Indian journal of veterinary science and animal husbandry - Volumes 18-21, 1948-1951
Year: 1948
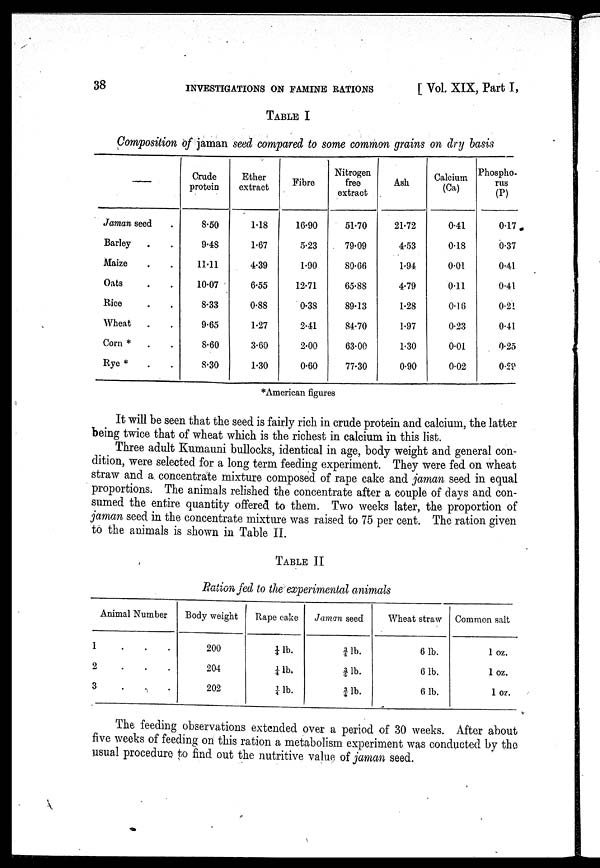
38
INVESTIGATIONS ON FAMINE RATIONS
[Vol. XIX, Part I,
TABLE I
Composition of jaman seed compared to some common grains on dry basis
—
Jaman seed .
Barley . .
Maize . .
Oats . .
Rice . .
Wheat . .
Corn * . .
Rye * . .
Crude
protein
8.50
9.48
11.11
10.07
8.33
9.65
8.60
8.30
Ether
extract
1.18
1.67
4.39
6.55
0.88
1.27
3.60
1.30
Fibre
16.90
5.23
1.90
12.71
0.38
2.41
2.00
0.60
Nitrogen
free
extract
51.70
79.09
80.66
65.88
89.13
84.70
63.00
77.30
Ash
21.72
4.53
1.94
4.79
1.28
1.97
1.30
0.90
Calcium
(Ca)
0.41
0.18
0.01
0.11
0.16
0.23
0.01
0.02
Phospho-
rus
(P)
0.17
0.37
0.41
0.41
0.21
0.41
0.25
0.29
*American figures
It will be seen that the seed is fairly rich in crude protein and calcium, the latter
being twice that of wheat which is the richest in calcium in this list.
Three adult Kumauni bullocks, identical in age, body weight and general con-
dition, were selected for a long term feeding experiment. They were fed on wheat
straw and a concentrate mixture composed of rape cake and jaman seed in equal
proportions. The animals relished the concentrate after a couple of days and con-
sumed the entire quantity offered to them. Two weeks later, the proportion of
jaman seed in the concentrate mixture was raised to 75 per cent. The ration given
to the animals is shown in Table II.
TABLE II
Ration fed to the experimental animals
Animal Number
1 . . .
2 . . .
3 . . .
Body weight
200
204
202
Rape cake
¼ lb.
¼ lb.
¼ lb.
Jaman seed
3/4 lb.
3 /4 lb.
3/4 lb.
Wheat straw
6 lb.
6 lb.
6 lb.
Common salt
1 oz.
1 oz.
1 oz.
The feeding observations extended over a period of 30 weeks. After about
five weeks of feeding on this ration a metabolism experiment was conducted by the
usual procedure to find out the nutritive value of jaman seed.